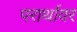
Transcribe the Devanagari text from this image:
परार्थावर